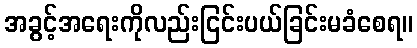
အခွင့်အရေးကိုလည်းငြင်းပယ်ခြင်းမခံစေရ။